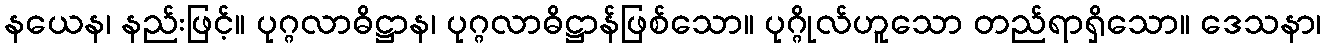
နယေန၊ နည်းဖြင့်။ ပုဂ္ဂလာဓိဋ္ဌာန၊ ပုဂ္ဂလာဓိဋ္ဌာန်ဖြစ်သော။ ပုဂ္ဂိုလ်ဟူသော တည်ရာရှိသော။ ဒေသနာ၊